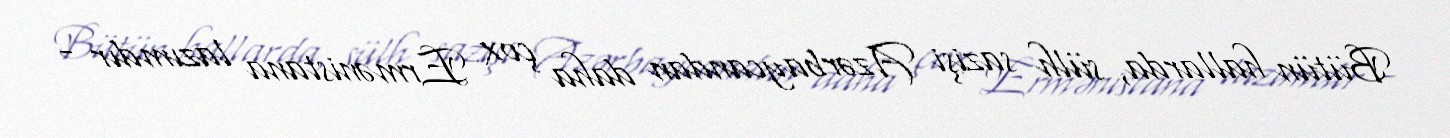
Bütün hallarda, sülh sazişi Azərbaycandan daha çox Ermənistana lazımdır -